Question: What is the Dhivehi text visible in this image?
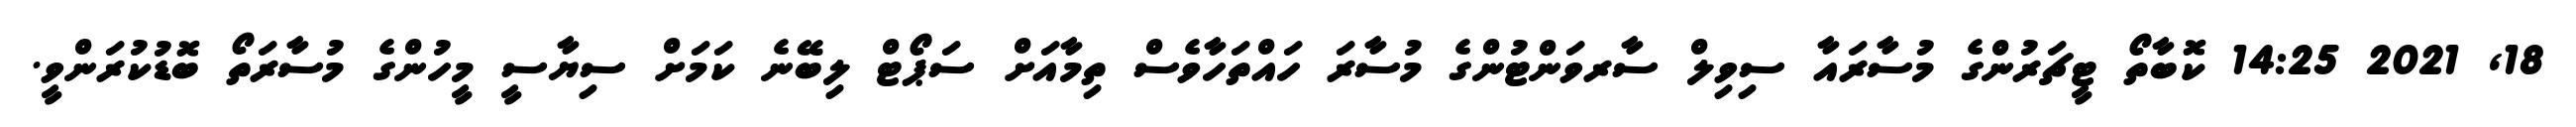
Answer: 18, 2021 14:25 ކޮބާތޯ ޓީޗަރުންގެ މުސާރައާ ސިވިލް ސާރވަންޓުންގެ މުސާރަ ހައްތަހާވެސް ތިމާއަށް ސަޕޯޓް ލިބޭނެ ކަމަށް ސިޔާސީ މީހުންގެ މުސާރަތޯ ބޮޑުކުރަންވީ.